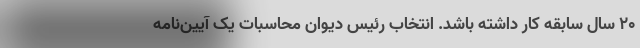
۲۰ سال سابقه کار داشته باشد. انتخاب رئیس دیوان محاسبات یک آیین‌نامه